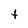
Character: t